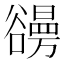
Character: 𧯐